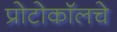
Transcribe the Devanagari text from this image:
प्रोटोकॉलचे